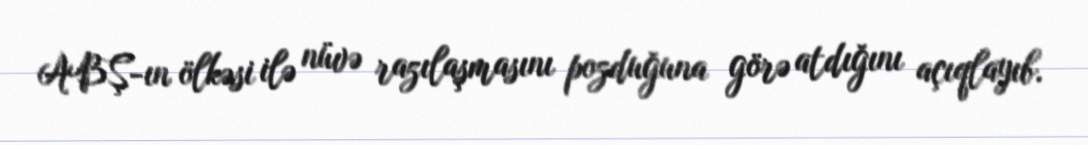
ABŞ-ın ölkəsi ilə nüvə razılaşmasını pozduğuna görə atdığını açıqlayıb.